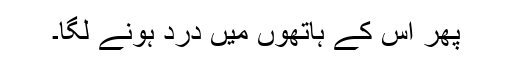
پھر اس کے ہاتھوں میں درد ہونے لگا۔